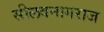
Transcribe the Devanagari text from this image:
सीलवनागराज